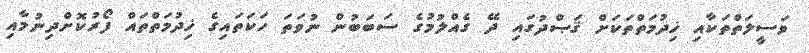
ވަސީލަތްތަކާއި ޚިދުމަތްތަކަށް ޤަޞްދުގައި ދޭ ގެއްލުމުގެ ސަބަބުން ނުވަތަ ހަކަތައިގެ ޚިދުމަތްތައް ފޯރުކޮށްދިނުމާއި